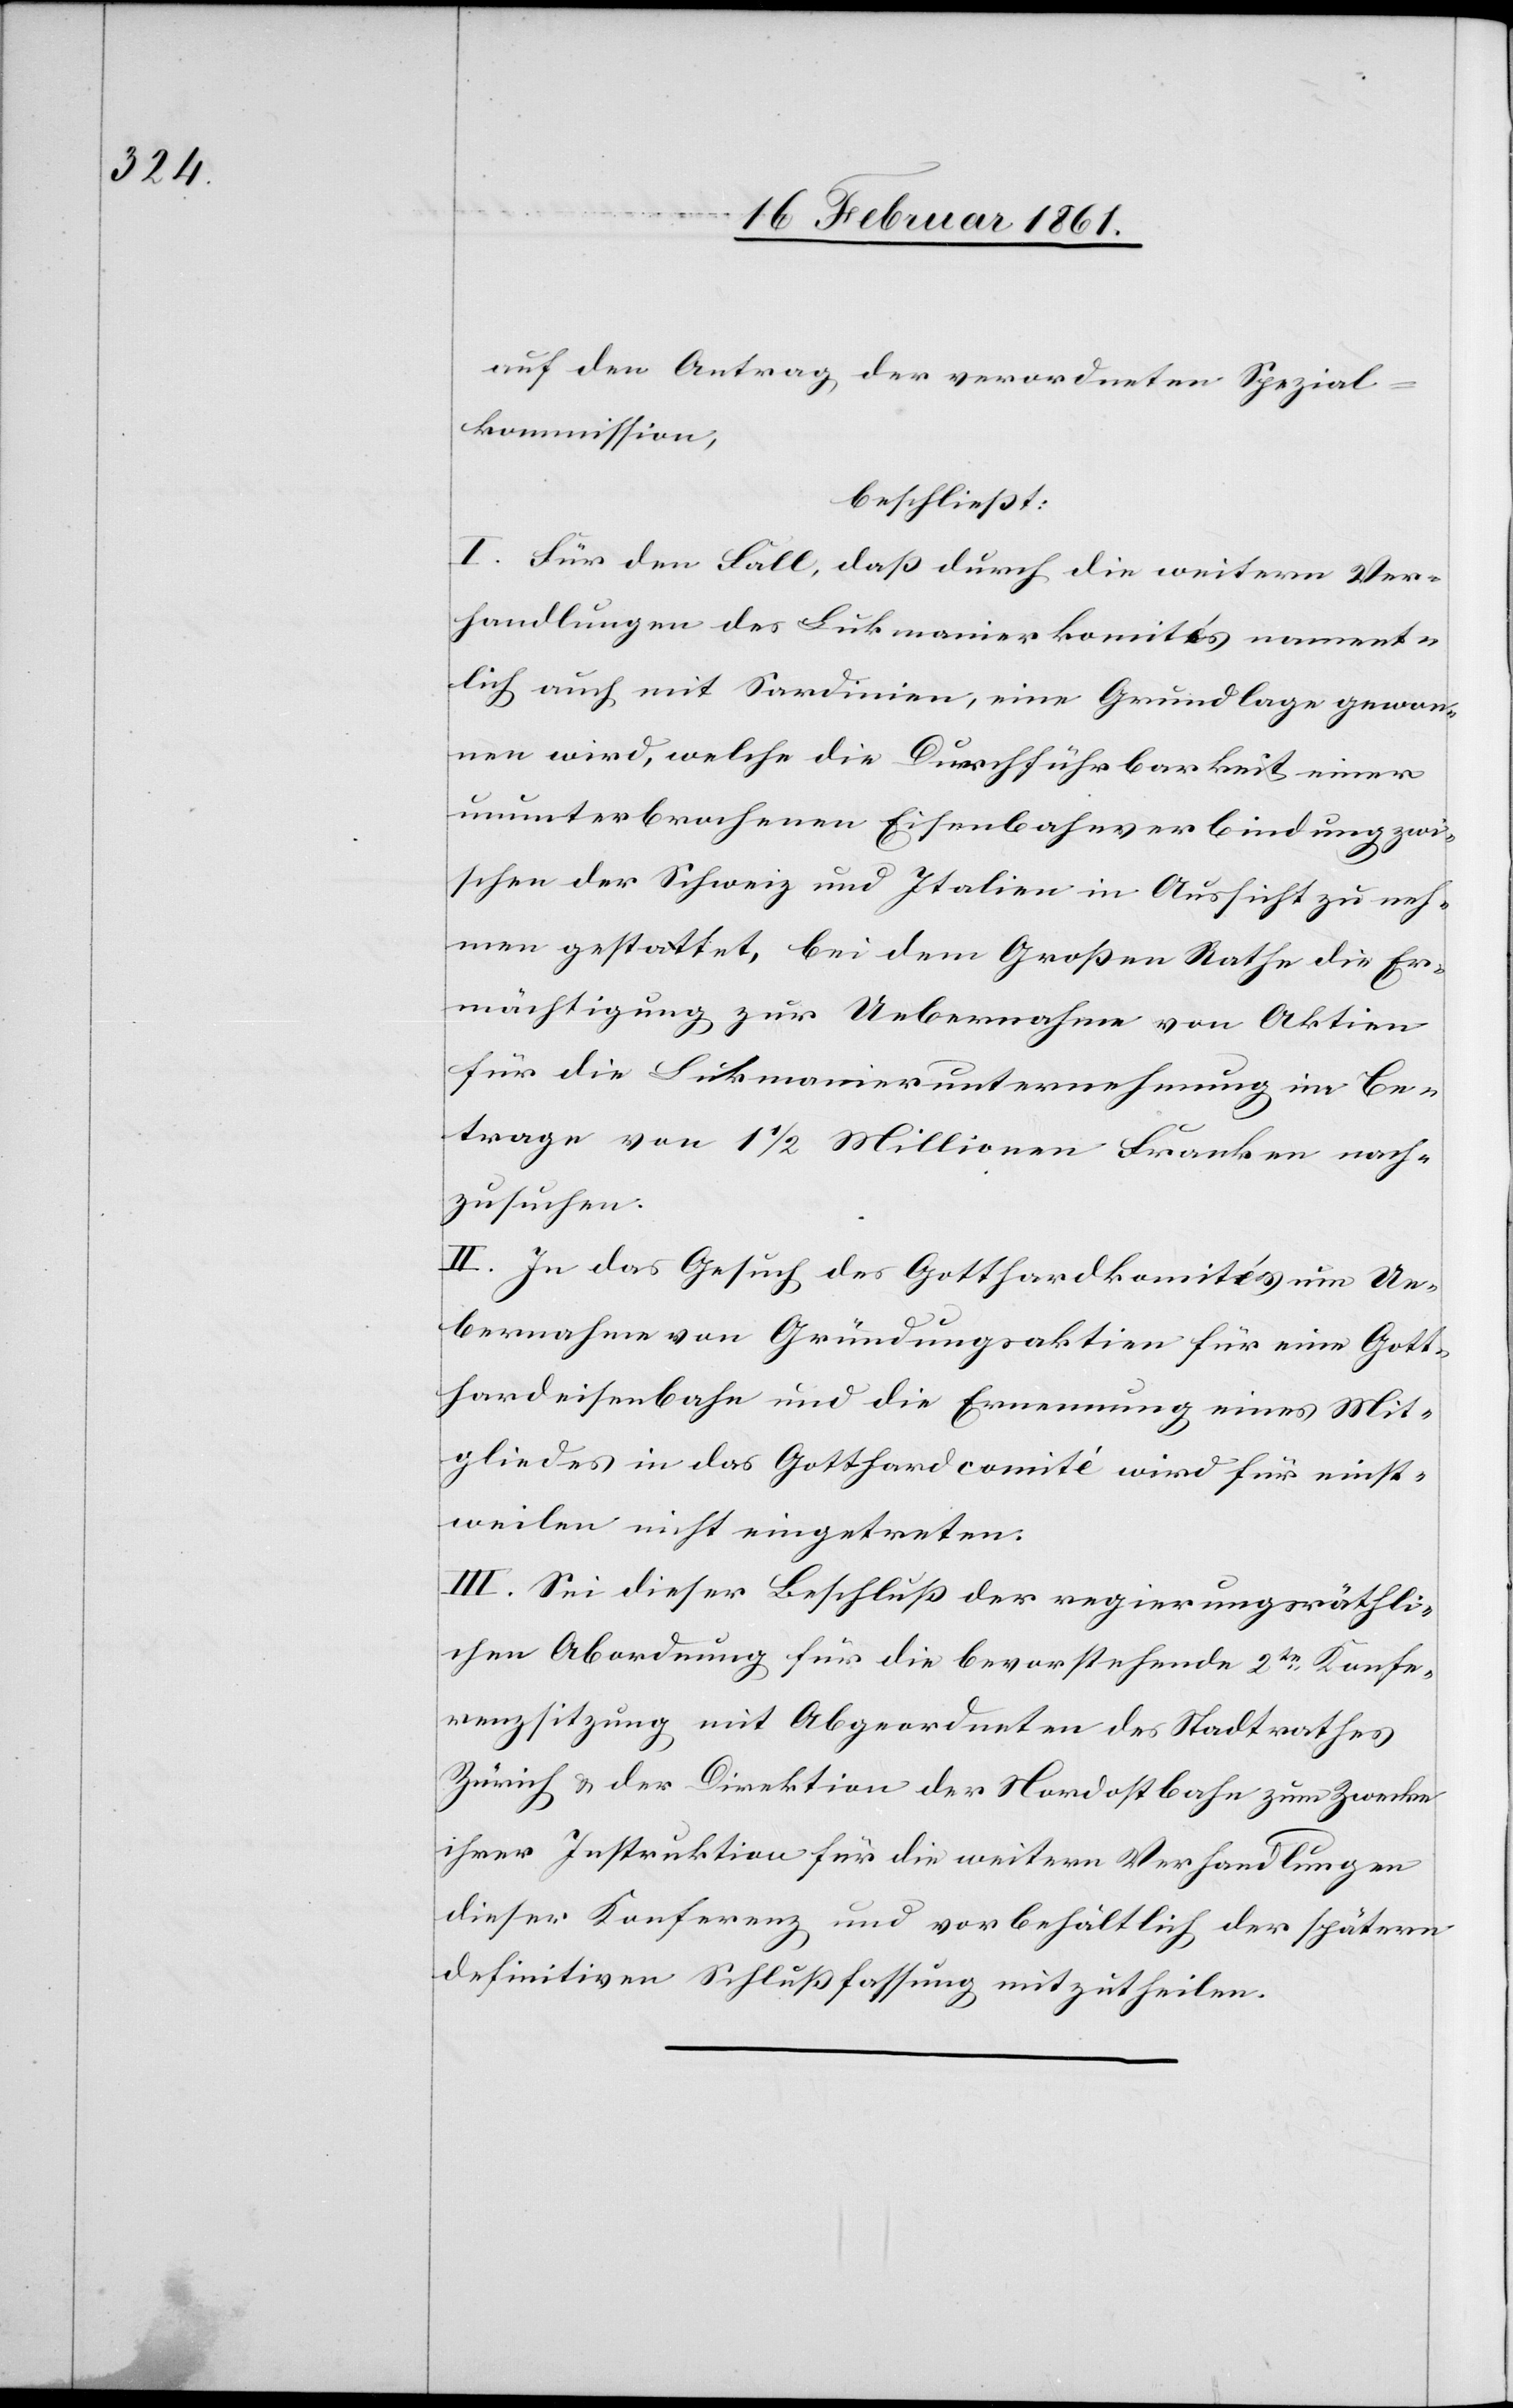
auf den Antrag der verordneten Spezial¬
kommission,
beschließt:
I. Für den Fall, daß durch die weitern Ver¬
handlungen des Lukmanierkomités nament¬
lich auch mit Sardinien, eine Grundlage gewon¬
nen wird, welche die Durchführbarkeit einer
ununterbrochenen Eisenbahnverbindung zwi¬
schen der Schweiz und Italien in Aussicht zu neh¬
men gestattet, bei dem Großen Rath die Er¬
mächtigung zur Uebernahme von Aktien
für die Lukmanierunternehmung im Be¬
trage von 1 1/2 Millionen Franken nach¬
zusuchen.
II. In das Gesuch des Gotthardkomités um Ue¬
bernahme von Gründungsaktien für eine Gott¬
hardeisenbahn und die Ernennung eines Mit¬
gliedes in das Gotthardcomité wird für einst¬
weilen nicht eingetreten.
III. Sei dieser Beschluß der regierungsräthli¬
chen Abordnung für die bevorstehende 2te Konfe¬
renzsitzung mit Abgeordneten des Stadtrathes
Zürich u. der Direktion der Nordostbahn zum Zwecke
ihrer Instruktion für die weitern Verhandlungen
dieser Konferenz und vorbehältlich der spätern
definitiven Schlußfassung mitzutheilen.